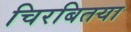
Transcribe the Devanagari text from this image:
चिरबितया